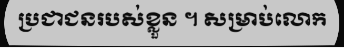
ប្រជាជនរបស់ខ្លួន ។ សម្រាប់លោក